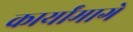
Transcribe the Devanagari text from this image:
कार्यांमागे